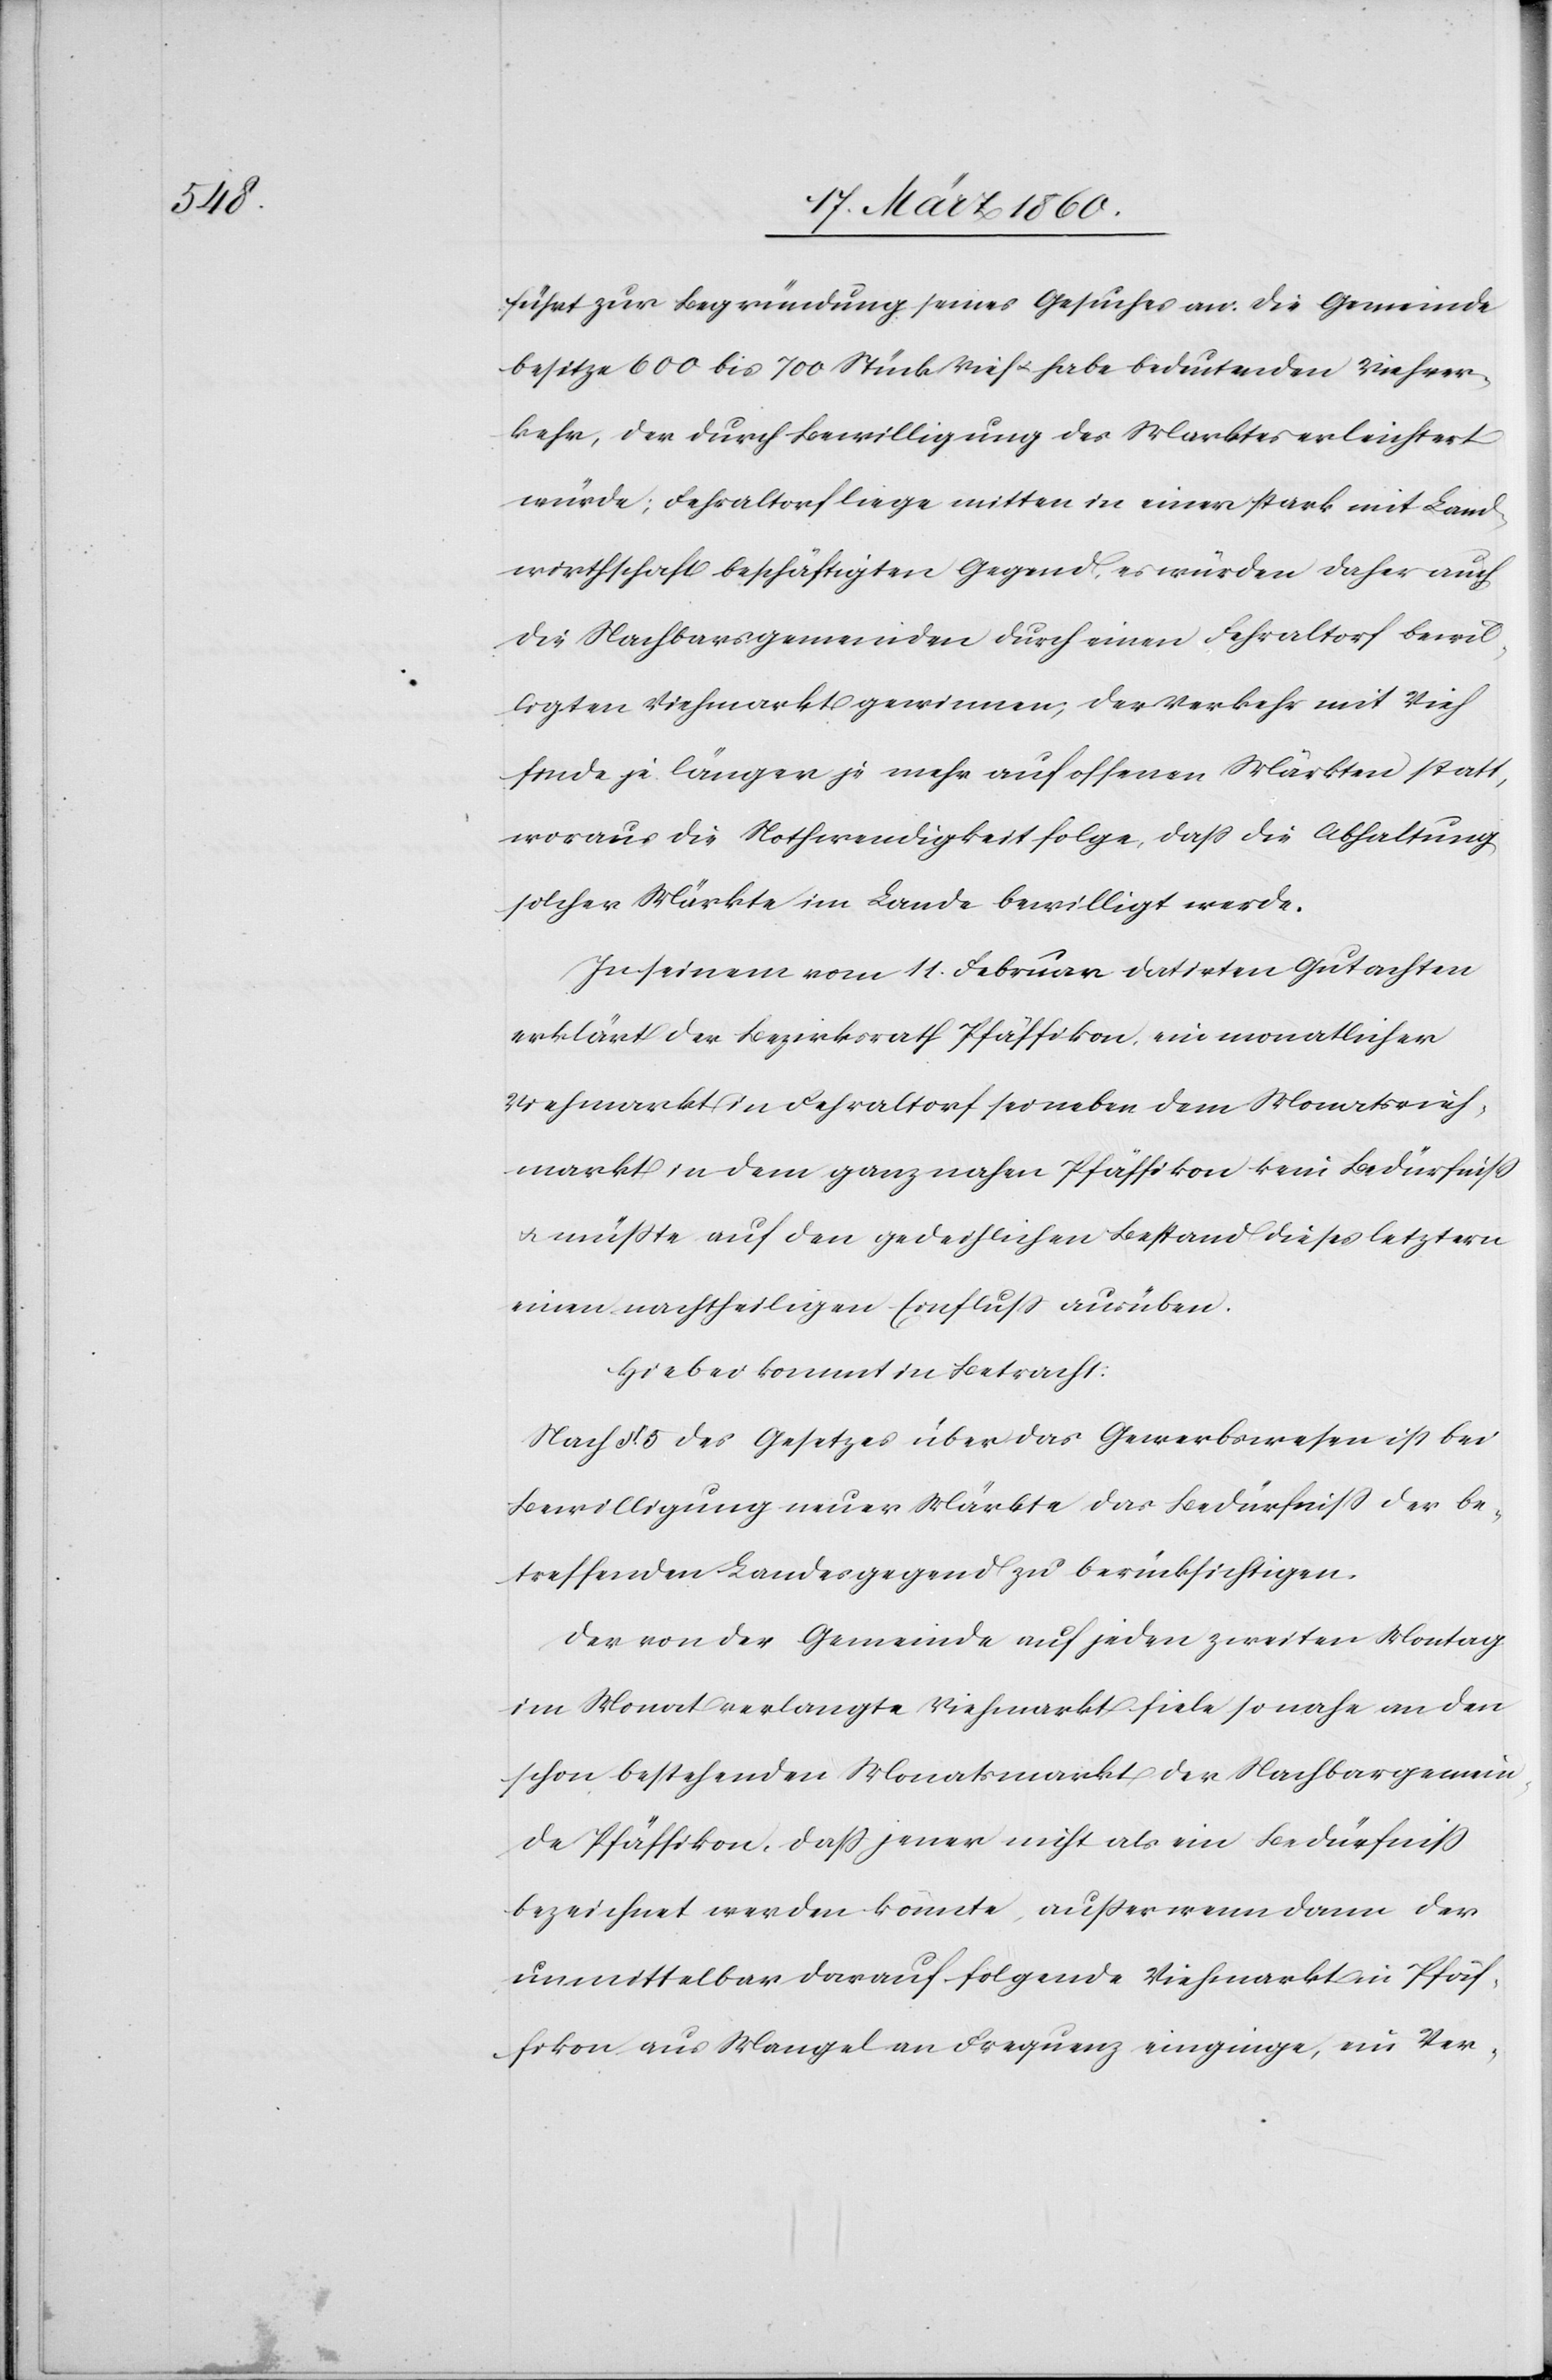
führt zur Begrünung seines Gesuches an: Die Gemeinde
besitze 600 bis 700 Stück Vieh u. habe bedeutenden Viehver¬
kehr, der durch Bewilligung des Marktes erleichtert
würde; Fehraltdorf liege mitten in einer stark mit Land¬
wirthschaft beschäftigten Gegend, es würden daher auch
die Nachbarsgemeinden durch einen Fehraltorf bewil¬
ligten Viehmarkt gewinnen, der Verkehr mit Vieh
finde je länger je mehr auf offenen Märkten statt,
woraus die Nothwendigkeit folge, dass die Abhaltung
solcher Märkte im Lande bewilligt werde.
In seinem vom 11. Februar datirten Gutachten
erklärt der Bezirksrath Pfäffikon, ein monatlicher
Viehmarkt in Fehraltorf sei neben dem Monatsvieh¬
markt in dem ganz nahen Pfäffikon kein Bedürfniss
u. müsste auf den gedeihlichen Bestand dieses letztern
einen nachtheiligen Einfluß ausüben.
Hiebei kommt in Betracht:
Nach §. 5. des Gesetzes über das Gewerbswesen ist bei
Bewilligung neuer Märkte das Bedürfniss der be¬
treffenden Landesgegend zu berücksichtigen.
Der von der Gemeinde auf jeden zweiten Montag
im Monat verlangte Viehmarkt fiele so nahe an den
schon bestehenden Monatsmarkt der Nachbargemein¬
de Pfäffikon, dass jener nicht als ein Bedürfniss
bezeichnet werden könnte, ausser wenn dann der
unmittelbar darauf folgende Viehmarkt in Pfäf¬
fikon aus Mangel an Frequenz einginge, ein Ver-